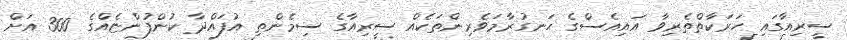
ސީރިއާގައި ހަރަކާތްތެރިވާ އައިއެސްގެ ހަނގުރާމަވެރިންތަކެއް ސީރިއާގެ ސިމެންތި އުފައްދާ ކުންފުންޏެއްގެ 300 އަށް